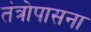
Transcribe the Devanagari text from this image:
तंत्रोपासना